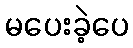
မပေးခဲ့ပေ